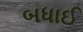
બધાઈ